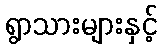
ရွာသားများနှင့်